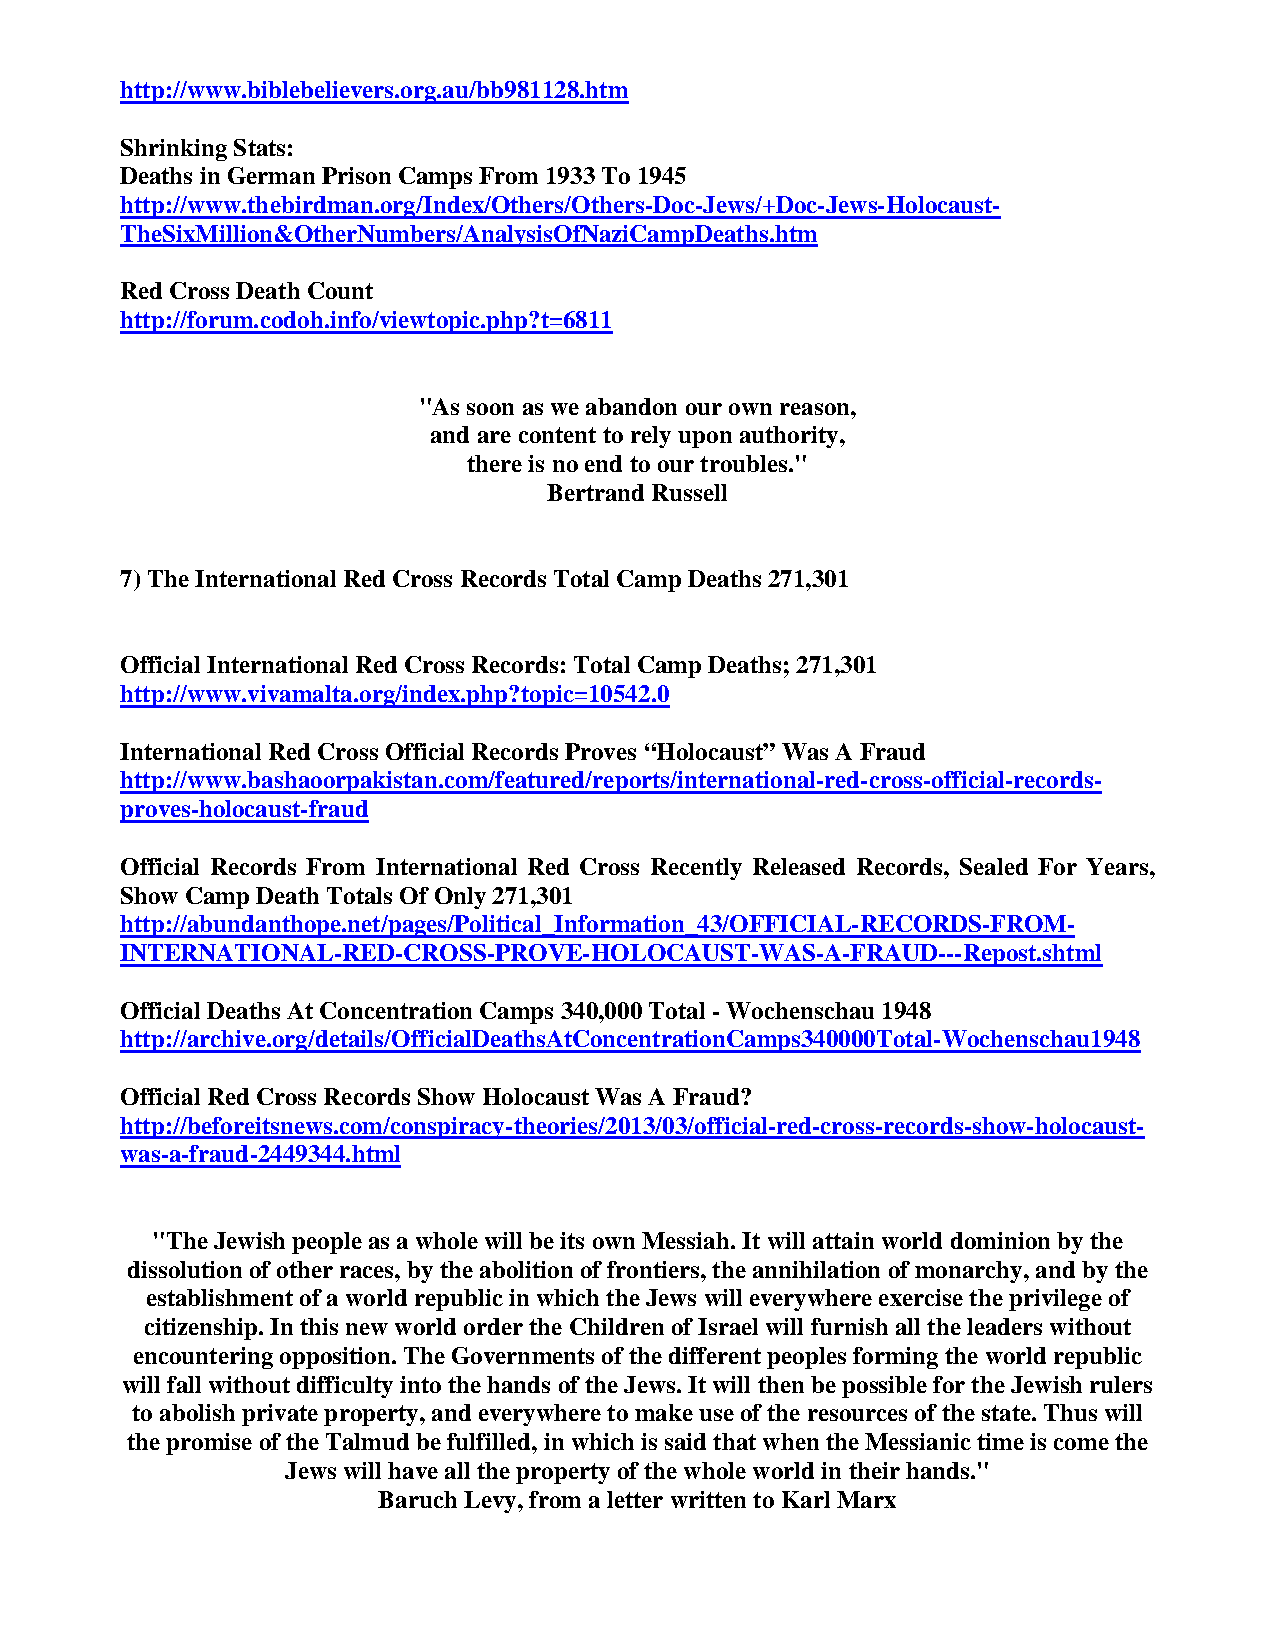
http://www.biblebelievers.org.au/bb981128.htm
 Shrinking Stats:
 Deaths in German Prison Camps From 1933 To 1945
 http://www.thebirdman.org/Index/Others/Others-Doc-Jews/+Doc-Jews-Holocaust-
 TheSixMillion&OtherNumbers/AnalysisOfNaziCampDeaths.htm
 Red Cross Death Count
 http://forum.codoh.info/viewtopic.php?t=6811
 "As soon as we abandon our own reason,
 and are content to rely upon authority,
 there is no end to our troubles."
 Bertrand Russell
 7) The International Red Cross Records Total Camp Deaths 271,301
 Official International Red Cross Records: Total Camp Deaths; 271,301
 http://www.vivamalta.org/index.php?topic=10542.0
 International Red Cross Official Records Proves “Holocaust” Was A Fraud
 http://www.bashaoorpakistan.com/featured/reports/international-red-cross-official-records-
 proves-holocaust-fraud
 Official Records From International Red Cross Recently Released Records, Sealed For Years,
 Show Camp Death Totals Of Only 271,301
 http://abundanthope.net/pages/Political_Information_43/OFFICIAL-RECORDS-FROM-
 INTERNATIONAL-RED-CROSS-PROVE-HOLOCAUST-WAS-A-FRAUD---Repost.shtml
 Official Deaths At Concentration Camps 340,000 Total - Wochenschau 1948
 http://archive.org/details/OfficialDeathsAtConcentrationCamps340000Total-Wochenschau1948
 Official Red Cross Records Show Holocaust Was A Fraud?
 http://beforeitsnews.com/conspiracy-theories/2013/03/official-red-cross-records-show-holocaust-
 was-a-fraud-2449344.html
 "The Jewish people as a whole will be its own Messiah. It will attain world dominion by the
 dissolution of other races, by the abolition of frontiers, the annihilation of monarchy, and by the
 establishment of a world republic in which the Jews will everywhere exercise the privilege of
 citizenship. In this new world order the Children of Israel will furnish all the leaders without
 encountering opposition. The Governments of the different peoples forming the world republic
 will fall without difficulty into the hands of the Jews. It will then be possible for the Jewish rulers
 to abolish private property, and everywhere to make use of the resources of the state. Thus will
 the promise of the Talmud be fulfilled, in which is said that when the Messianic time is come the
 Jews will have all the property of the whole world in their hands."
 Baruch Levy, from a letter written to Karl Marx